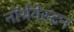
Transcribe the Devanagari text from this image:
नॉर्थवेस्टन